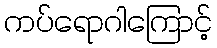
ကပ်ရောဂါကြောင့်